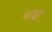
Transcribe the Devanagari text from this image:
मंशे